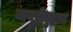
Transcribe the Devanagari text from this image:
नागरीयुद्धात